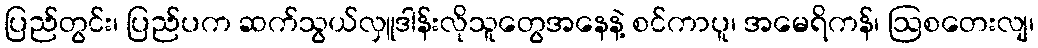
ပြည်တွင်း၊ ပြည်ပက ဆက်သွယ်လှူဒါန်းလိုသူတွေအနေနဲ့ စင်ကာပူ၊ အမေရိကန်၊ ဩစတေးလျ၊